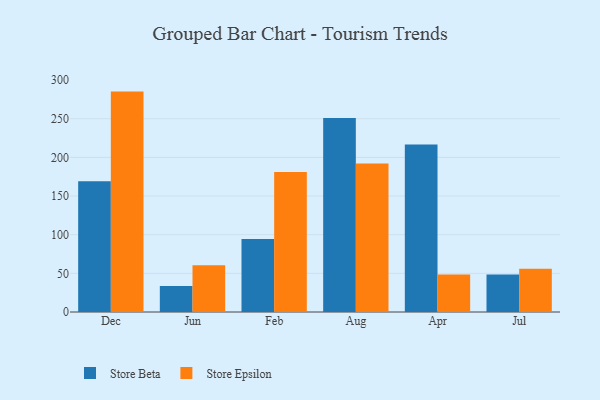
{"axis": {"x": "Month", "y": "Waste Production (Tons)"}, "legend": ["Store Beta", "Store Epsilon"], "data": [{"x": "Dec", "y": 169.0, "type": "Store Beta"}, {"x": "Dec", "y": 285.1, "type": "Store Epsilon"}, {"x": "Jun", "y": 33.6, "type": "Store Beta"}, {"x": "Jun", "y": 60.6, "type": "Store Epsilon"}, {"x": "Feb", "y": 94.5, "type": "Store Beta"}, {"x": "Feb", "y": 181.1, "type": "Store Epsilon"}, {"x": "Aug", "y": 251.1, "type": "Store Beta"}, {"x": "Aug", "y": 192.1, "type": "Store Epsilon"}, {"x": "Apr", "y": 216.6, "type": "Store Beta"}, {"x": "Apr", "y": 48.4, "type": "Store Epsilon"}, {"x": "Jul", "y": 48.4, "type": "Store Beta"}, {"x": "Jul", "y": 56.0, "type": "Store Epsilon"}]}